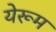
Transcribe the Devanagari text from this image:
येरूम